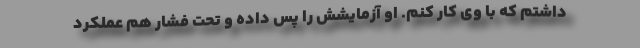
داشتم که با وی کار کنم. او آزمایشش را پس داده و تحت فشار هم عملکرد